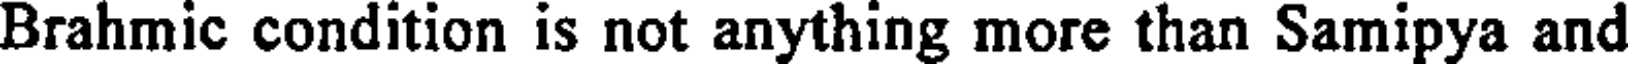
Brahmic condition is not anything more than Samipya and